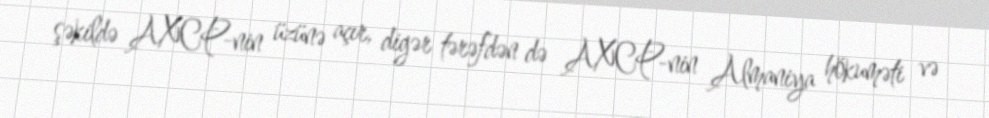
şəkildə AXCP-nin üzünə açır, digər tərəfdən də AXCP-nin Almaniya hökuməti və